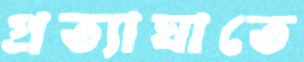
প্রত্যাঘাতে